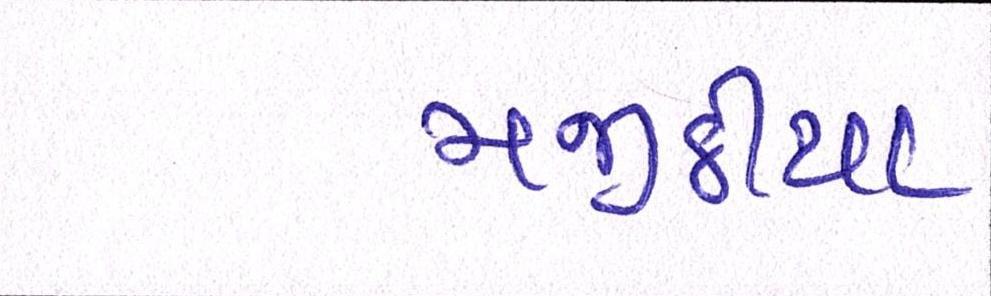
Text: મજીઠીયા